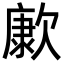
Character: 㱂